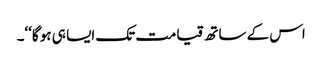
اس کے ساتھ قیامت تک ایسا ہی ہو گا‘‘۔